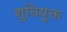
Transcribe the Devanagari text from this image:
शुचियुक्त